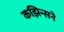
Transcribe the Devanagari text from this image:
कझिन्सने